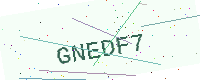
Text: GNEDF7